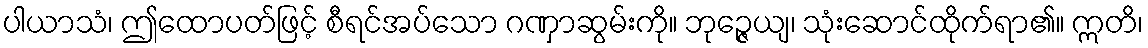
ပါယာသံ၊ ဤထောပတ်ဖြင့် စီရင်အပ်သော ဂဏှာဆွမ်းကို။ ဘုဉ္ဇေယျ၊ သုံးဆောင်ထိုက်ရာ၏။ ဣတိ၊